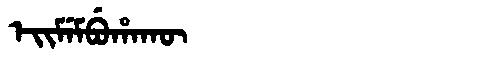
Manchu: ᡝᡳᠮᡝᠮᠪᡠᡥᠠᡴᡡ
Romanization: EIMEMBUHAKŪ